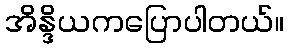
အိန္ဒိယကပြောပါတယ်။